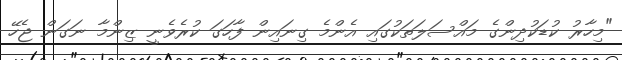
"މިހާރު ކުޑަކުދިންގެ މައްސަލަތަކުގައި އެންމެ ގިނައިން ފާހަގަ ކުރެވެނީ ޒިންމާ ނަގަން ޖެހޭ